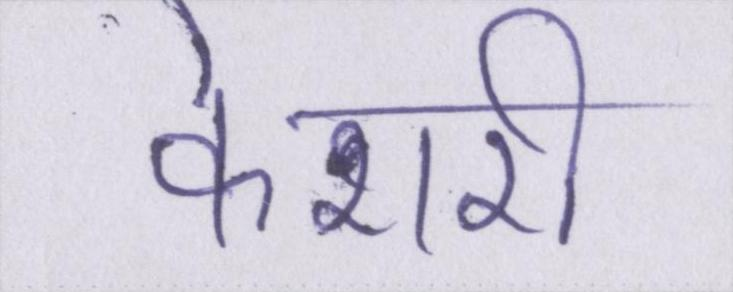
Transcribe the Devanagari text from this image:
केशरी